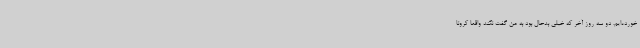
خورده‌ایم. دو سه روز آخر که خیلی بدحال بود به من گفت نکند واقعاً کرونا